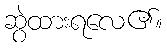
ဆွဲထားရလေ၏။